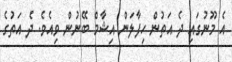
އެ މޫނުގައި ދެ އަތުން ހިފާލަން އިޝާމް ބޭނުން ވިއެވެ. ދެ އަތުގެ